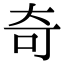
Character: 奇